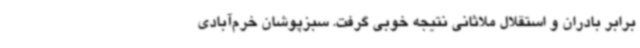
برابر بادران و استقلال ملاثانی نتیجه خوبی گرفت. سبزپوشان خرم‌آبادی